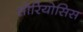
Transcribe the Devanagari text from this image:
सोरियोसिस